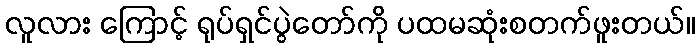
လူလား ကြောင့် ရုပ်ရှင်ပွဲတော်ကို ပထမဆုံးစတက်ဖူးတယ်။